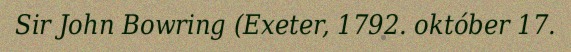
Sir John Bowring (Exeter, 1792. október 17.